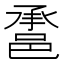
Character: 𨛾